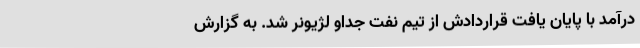
درآمد با پایان یافت قراردادش از تیم نفت جداو لژیونر شد. به گزارش